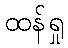
ထန်ရှု